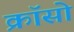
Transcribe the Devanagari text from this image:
क्रॉसो